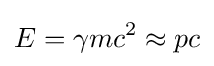
E=\gamma mc^{2}\approx pc